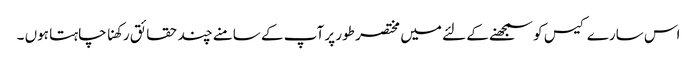
اس سارے کیس کو سمجھنے کے لئے میں مختصر طور پر آپ کے سامنے چند حقائق رکھنا چاہتا ہوں ۔